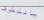
ياللقرف